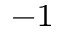
^ { - 1 }